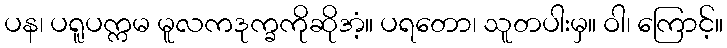
ပန၊ ပရူပက္ကမ မူလကဒုက္ခကိုဆိုအံ့။ ပရတော၊ သူတပါးမှ။ ဝါ၊ ကြောင့်။